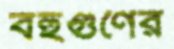
বহুগুণের